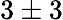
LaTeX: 3\pm 3